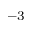
^ { - 3 }